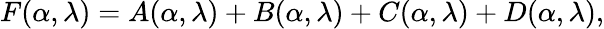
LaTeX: F(\alpha,\lambda)=A(\alpha,\lambda)+B(\alpha,\lambda)+C(\alpha,\lambda)+D(\alpha,\lambda),